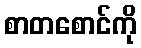
စာတစောင်ကို